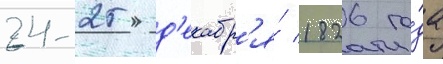
24-25 д'екабр'я́ 1826 го́да